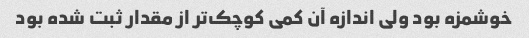
خوشمزه بود ولی اندازه آن کمی کوچک‌تر از مقدار ثبت شده بود